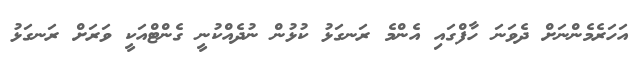
އަހަރެމެންނަށް ދެވަނަ ހާފްގައި އެންމެ ރަނގަޅު ކުޅުން ނުދެއްކުނީ ގެންޓްއަކީ ވަރަށް ރަނގަޅު